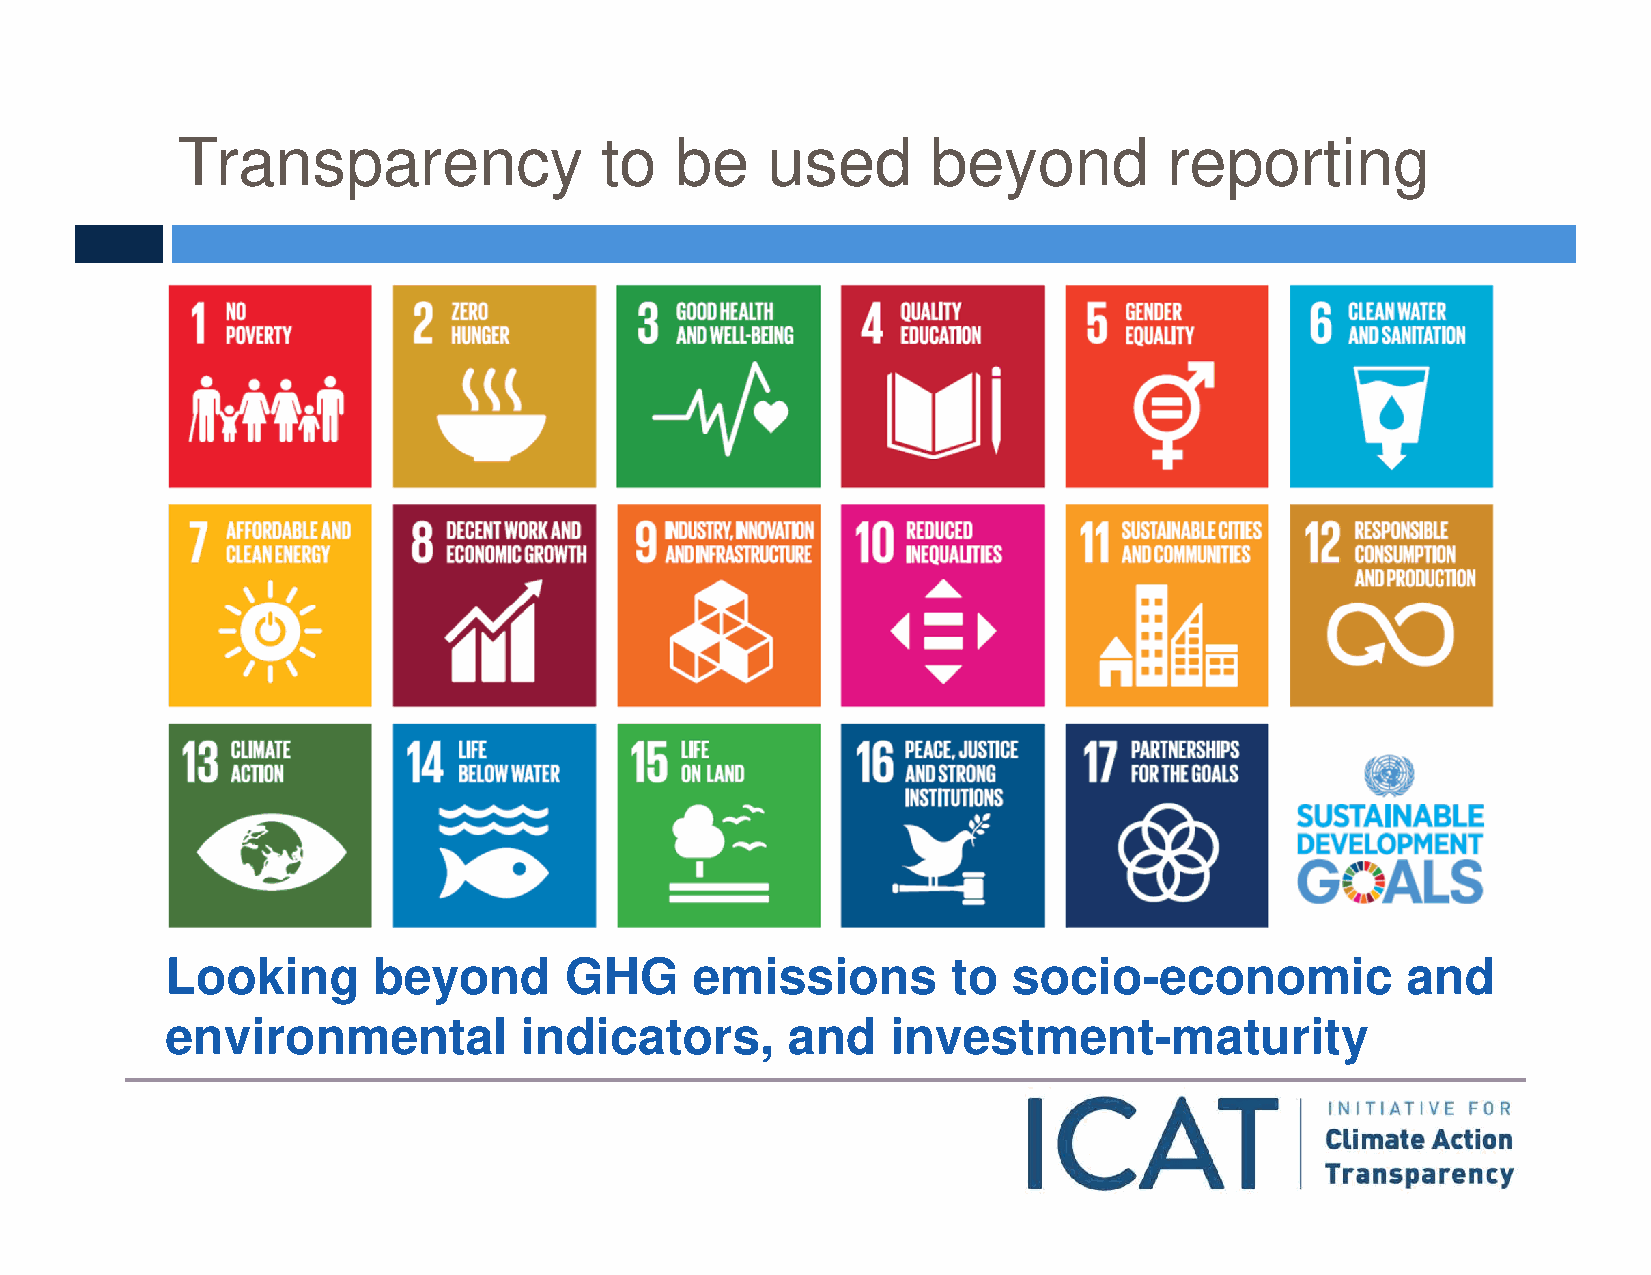
Transparency                to   be    used       beyond         reporting
 Looking       beyond      GHG      emissions        to  socio-economic            and
 environmental          indicators,       and    investment-maturity